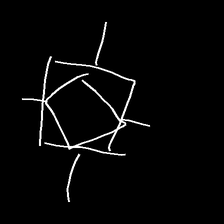
Glyph: light